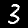
Label: 3